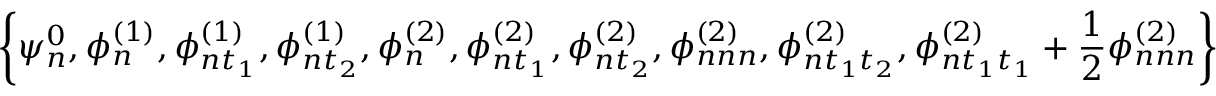
\left\{ \psi _ { n } ^ { 0 } , \phi _ { n } ^ { ( 1 ) } , \phi _ { n t _ { 1 } } ^ { ( 1 ) } , \phi _ { n t _ { 2 } } ^ { ( 1 ) } , \phi _ { n } ^ { ( 2 ) } , \phi _ { n t _ { 1 } } ^ { ( 2 ) } , \phi _ { n t _ { 2 } } ^ { ( 2 ) } , \phi _ { n n n } ^ { ( 2 ) } , \phi _ { n t _ { 1 } t _ { 2 } } ^ { ( 2 ) } , \phi _ { n t _ { 1 } t _ { 1 } } ^ { ( 2 ) } + \frac { 1 } { 2 } \phi _ { n n n } ^ { ( 2 ) } \right\}